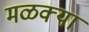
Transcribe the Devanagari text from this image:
मळक्या